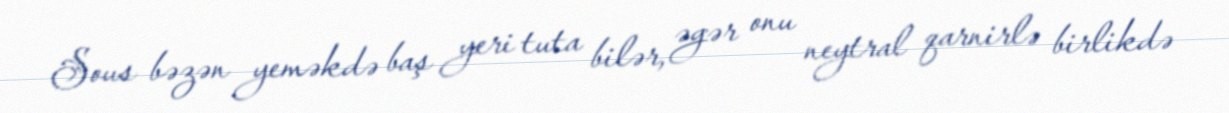
Sous bəzən yeməkdə baş yeri tuta bilər, əgər onu neytral qarnirlə birlikdə